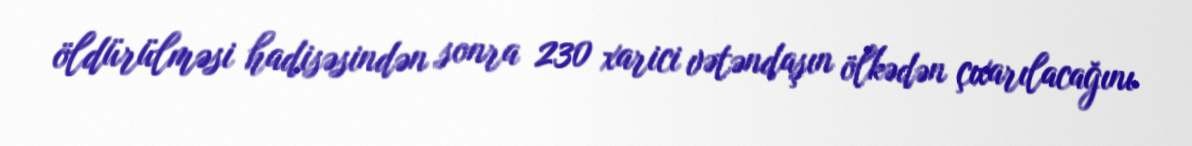
öldürülməsi hadisəsindən sonra 230 xarici vətəndaşın ölkədən çıxarılacağını